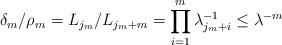
LaTeX: \begin{align*}\delta_{m}/\rho_{m}&=L_{j_{m}}/L_{j_{m}+m}=\prod_{i=1}^{m}\lambda_{j_{m}+i}^{-1}\leq \lambda^{-m}\end{align*}